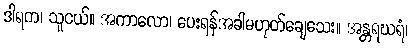
ဒါရက၊ သူငယ်။ အကာလော၊ ပေးရန်အခါမဟုတ်ချေသေး။ အန္တရဃရံ၊